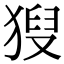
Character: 𤟚